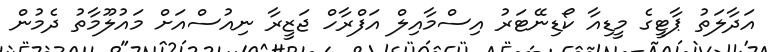
އަދާލަތު ޕާޓީގެ މީޑިއާ ކޯޑިނޭޓަރު އިސްމާއިލް އަފްރާހް ޖަޒީރާ ނިއުސްއަށް މައުލޫމާތު ދެމުން